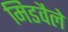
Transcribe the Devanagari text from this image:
मिडवैले